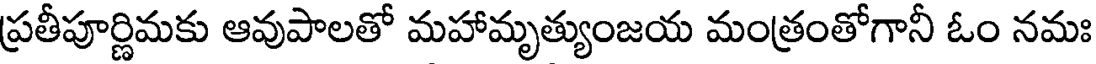
ప్రతీపూర్ణిమకు ఆవుపాలతో మహామృత్యుంజయ మంత్రంతోగానీ ఓం నమః